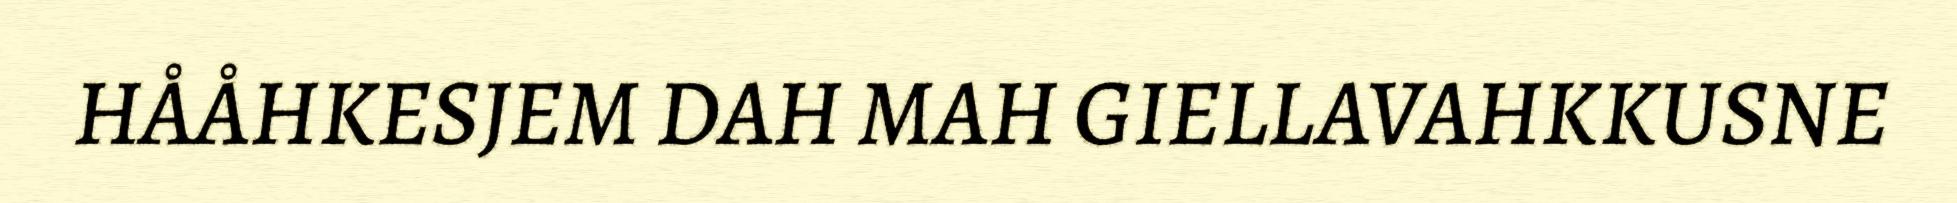
HÅÅHKESJEM DAH MAH GIELLAVAHKKUSNE